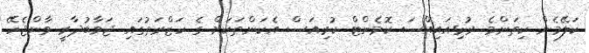
ކަލޭމެން ކިތަންމެ ރުޅިއައިއްސަ ކޮމެންޓް ކުރިއަސް އެކަންތަކަށް ގެ ހަޒްރަތުގައި ޖަވާބުދާރީ ވާންޖެހޭ